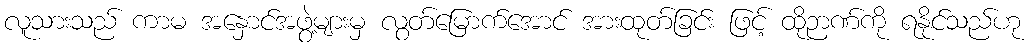
လူသားသည် ကာမ အနှောင်အဖွဲ့များမှ လွတ်မြောက်အောင် အားထုတ်ခြင်း ဖြင့် ထိုဉာဏ်ကို ရနိုင်သည်ဟု